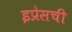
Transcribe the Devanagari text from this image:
इप्रेसची